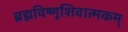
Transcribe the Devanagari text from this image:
ब्रह्मविष्णुशिवात्मकम्